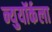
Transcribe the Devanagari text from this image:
न्युयॉर्कला